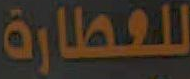
للعطارة